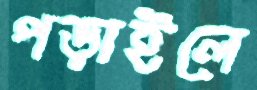
পড়াইলে